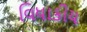
વિધાકીય